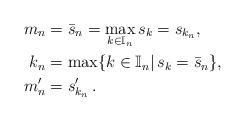
LaTeX: \begin{align*}m_n&=\bar{s}_n=\max_{k\in {\mathbb I}_n}s_k=s_{k_n},\\k_n&=\max\{k\in {\mathbb I}_n|\, s_k=\bar{s}_n\},\\m'_n&=s'_{k_n}\,.\end{align*}